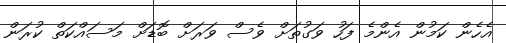
އެހެން ކަމުން އެންމެ ފަހު ވަގުތަށް ވެސް ވަރަށް ބޮޑަށް މަސައްކަތް ކުރަން